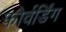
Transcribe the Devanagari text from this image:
फोर्वर्डिंग